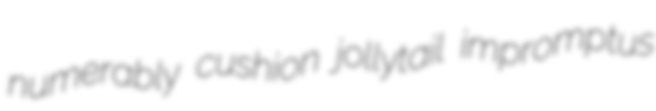
numerably cushion jollytail impromptus